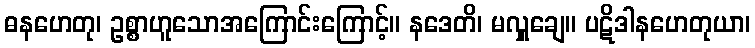
ဓနဟေတု၊ ဥစ္စာဟူသောအကြောင်းကြောင့်။ နဒေတိ၊ မလှူချေ။ ပဋိဒါနဟေတုယာ၊